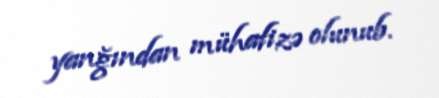
yanğından mühafizə olunub.